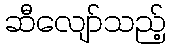
ဆီလျော်သည့်